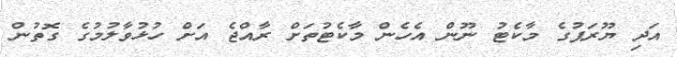
އަދި ޔޫރަޕުގެ މާކެޓު ނޫން އެހެން މާކެޓުތަށް ރާއްޖެ އަށް ހުޅުވާލުމުގެ ގޮތުން